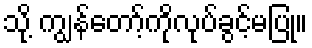
သို့ ကျွန်တော့်ကိုလုပ်ခွင့်မပြု။